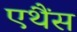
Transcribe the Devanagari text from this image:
एथैंस